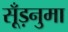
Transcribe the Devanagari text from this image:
सूँड़नुमा